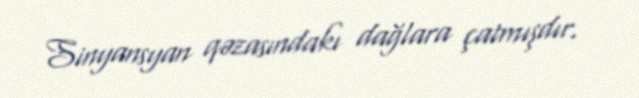
Sinyansyan qəzasındakı dağlara çatmışdır.